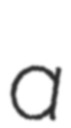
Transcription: a